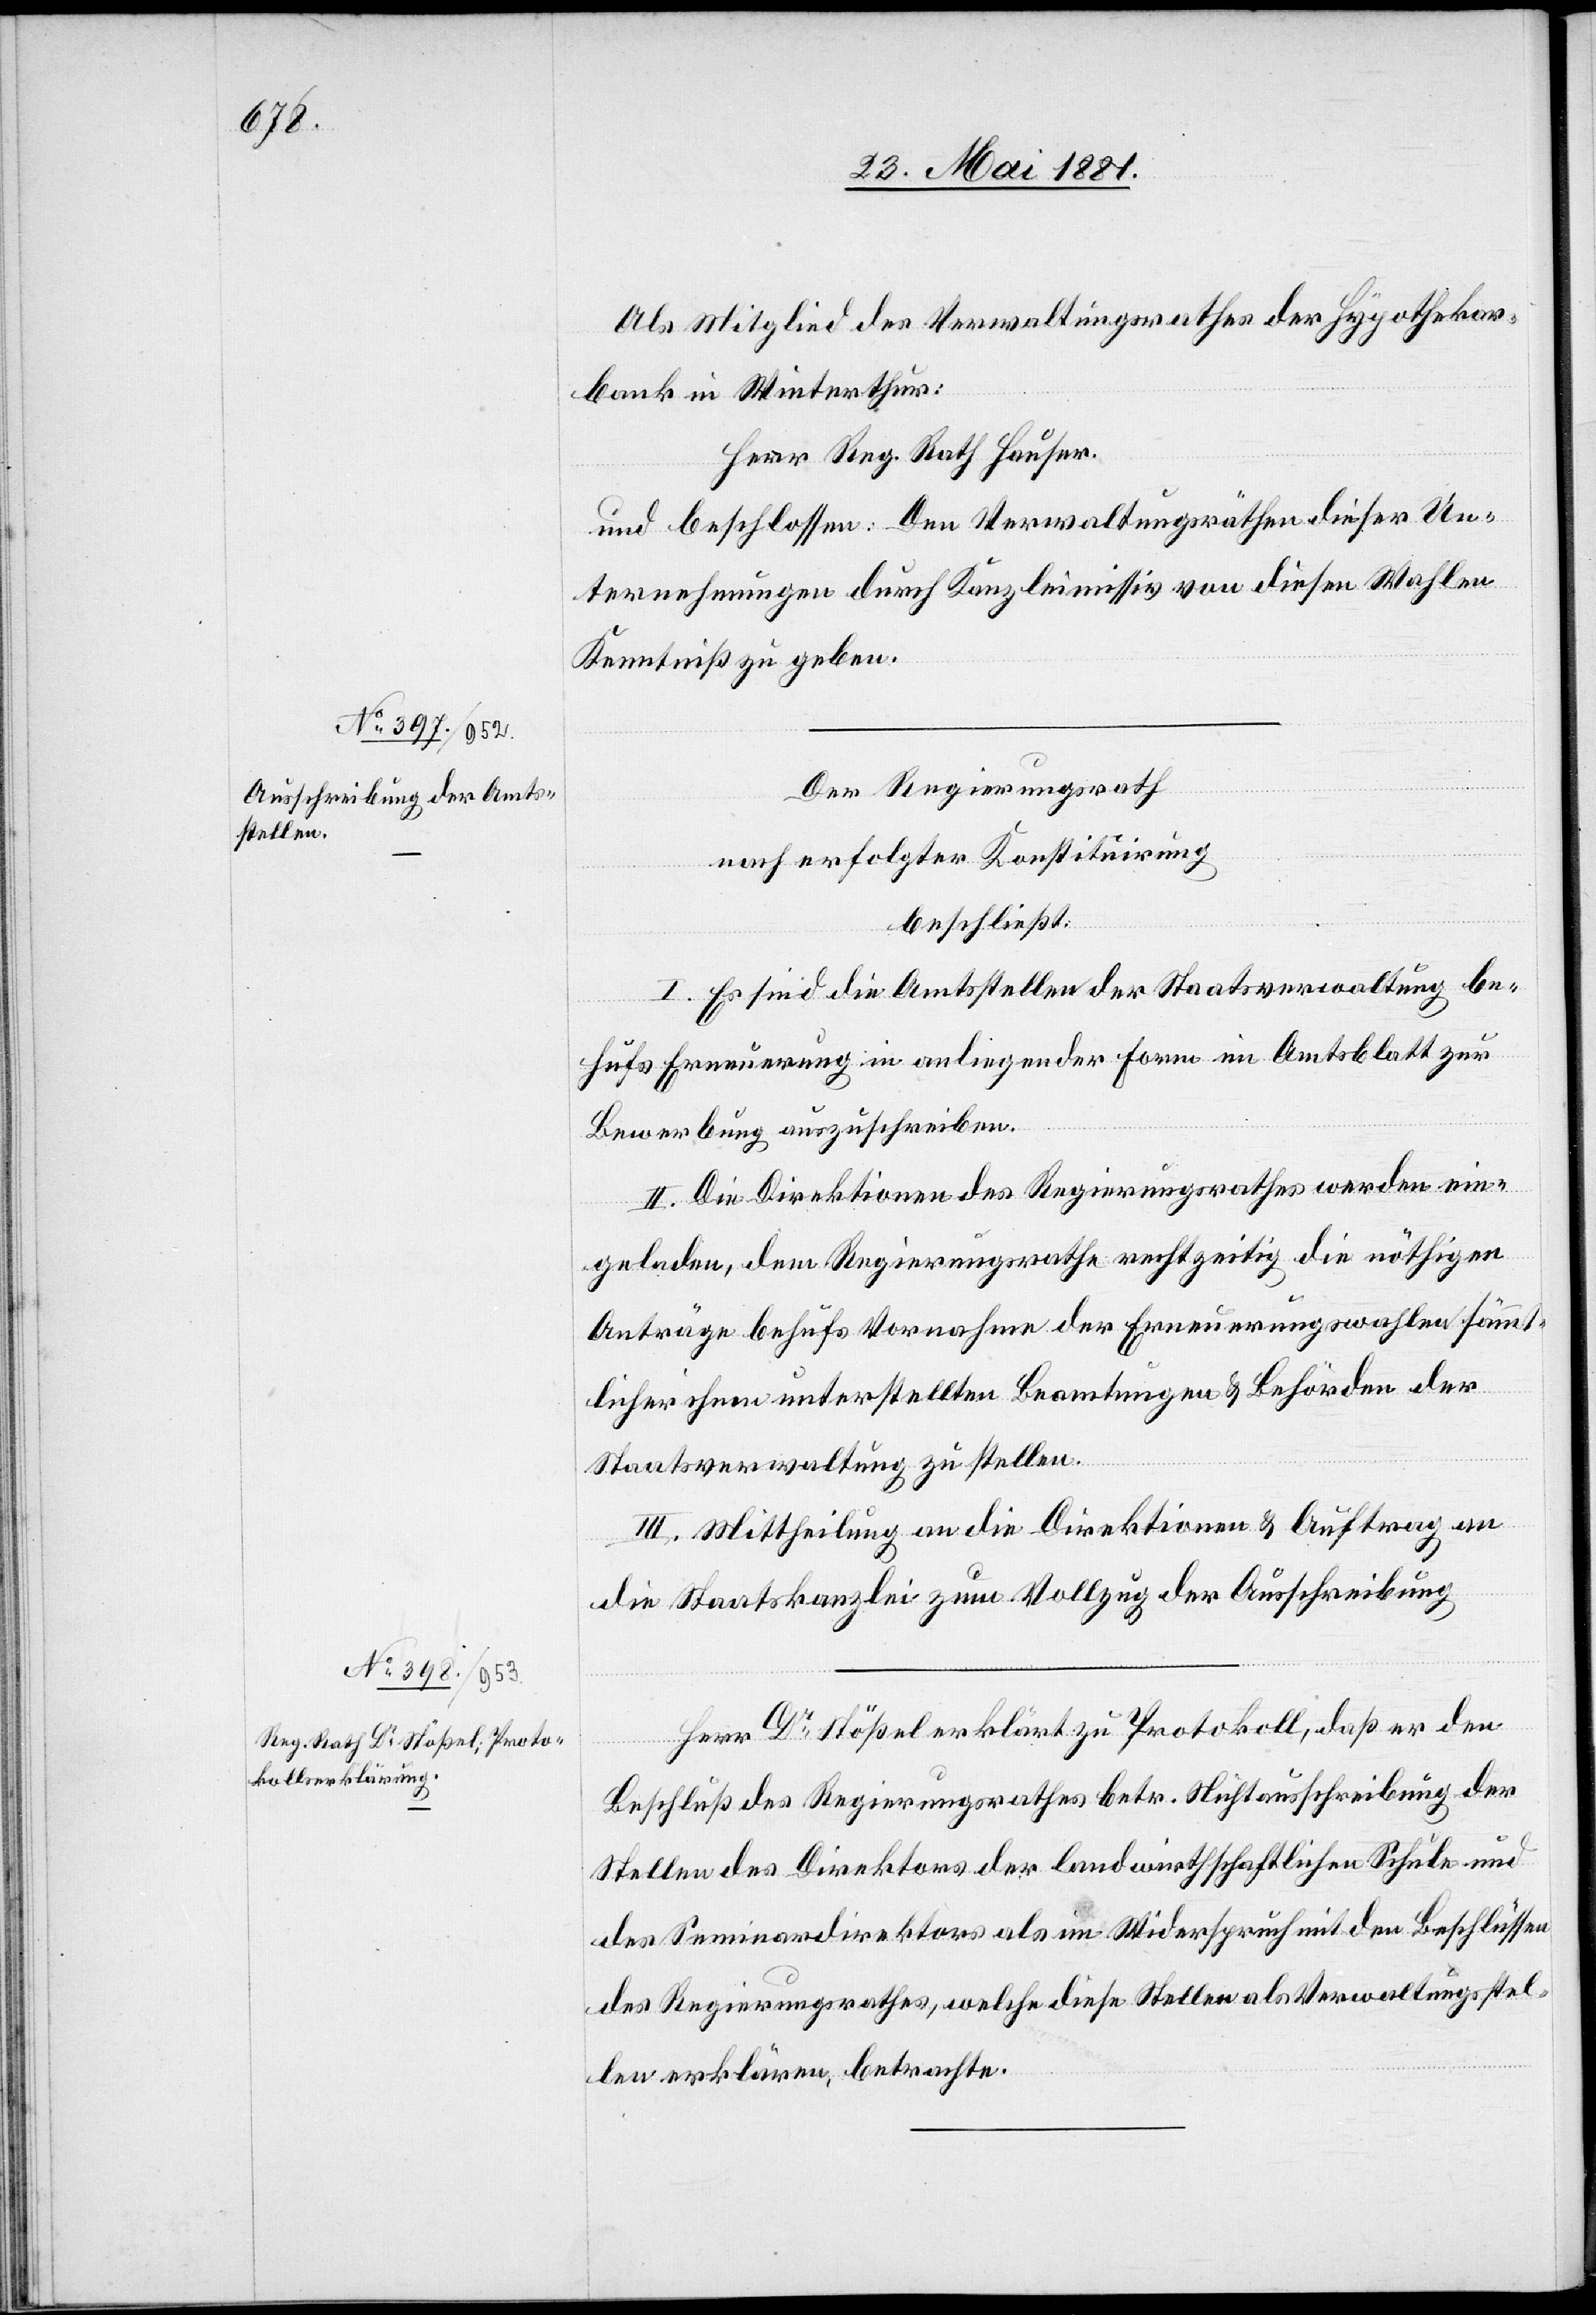
Als Mitglied des Verwaltungsrathes der Hypothekar¬
bank in Winterthur:
Herr Reg. Rath Hauser.
und beschlossen: Den Verwaltungsräthen dieser Un¬
ternehmungen durch Kanzleimissiv von diesen Wahlen
Kenntniß zu geben.
Der Regierungsrath,
nach erfolgter Konstituirung
beschließt:
I. Es sind die Amtsstellen der Staatsverwaltung be¬
hufs Erneuerung in anliegender Form im Amtsblatte zur
Bewerbung auszuschreiben.
II. Die Direktionen des Regierungsrathes werden ein¬
geladen, dem Regierungsrathe rechtzeitig die nöthigen
Anträge behufs Vornahme der Erneuerungswahlen sämmt¬
licher ihnen unterstellten Beamtungen & Behörden der
Staatsverwaltung zu stellen.
III. Mittheilung an die Direktionen & Auftrag an
die Staatskanzlei zum Vollzug der Ausschreibung.
Herr Dr Stößel erklärt zu Protokoll, daß er den
Beschluß des Regierungsrathes betr. Nichtausschreibung der
Stellen des Direktors der landwirthschaftlichen Schule und
des Seminardirektors als im Widerspruch mit den Beschlüssen
des Regierungsrathes, welche diese Stellen als Verwaltungsstel¬
len erklären, betrachte.